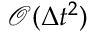
\mathcal { O } ( \Delta t ^ { 2 } )